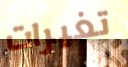
تغيرات